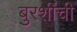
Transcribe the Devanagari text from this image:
बुरशींची